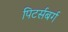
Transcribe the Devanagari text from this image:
पिटर्सबर्ग